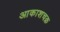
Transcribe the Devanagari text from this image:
आकाशचक्र